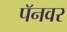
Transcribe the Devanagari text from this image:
पॅनवर